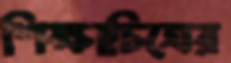
শিক্ষাচিত্রের